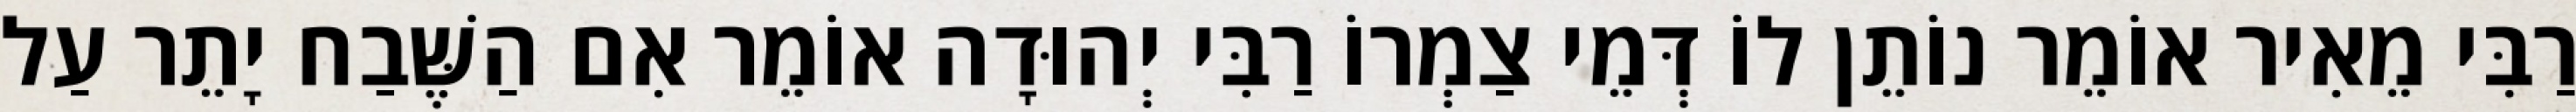
רַבִּי מֵאִיר אוֹמֵר נוֹתֵן לוֹ דְּמֵי צַמְרוֹ רַבִּי יְהוּדָה אוֹמֵר אִם הַשֶּׁבַח יָתֵר עַל